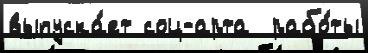
выпуска́ет соц-арта  рабо́ты